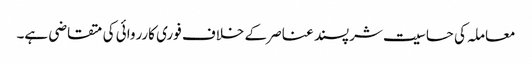
معاملہ کی حساسیت شرپسند عناصر کے خلاف فوری کارروائی کی متقاضی ہے۔